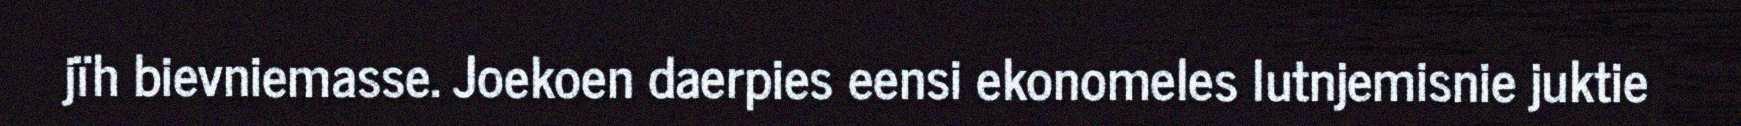
jïh bievniemasse. Joekoen daerpies eensi ekonomeles lutnjemisnie juktie